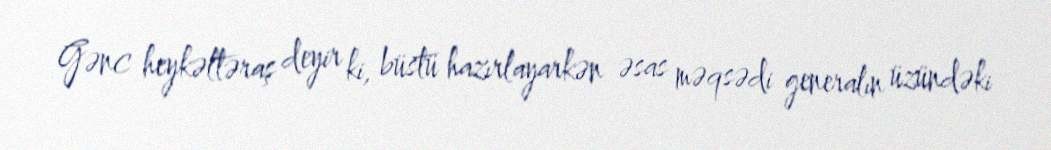
Gənc heykəltəraş deyir ki, büstü hazırlayarkən əsas məqsədi generalın üzündəki